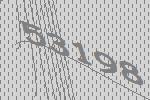
53198